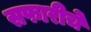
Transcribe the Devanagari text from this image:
सफारीचे